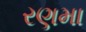
રણમા